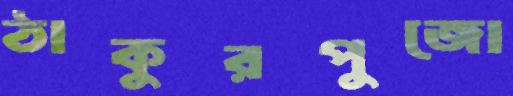
ঠাকুরপুজো